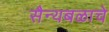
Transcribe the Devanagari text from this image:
सैन्यबळाचे